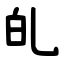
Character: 癿